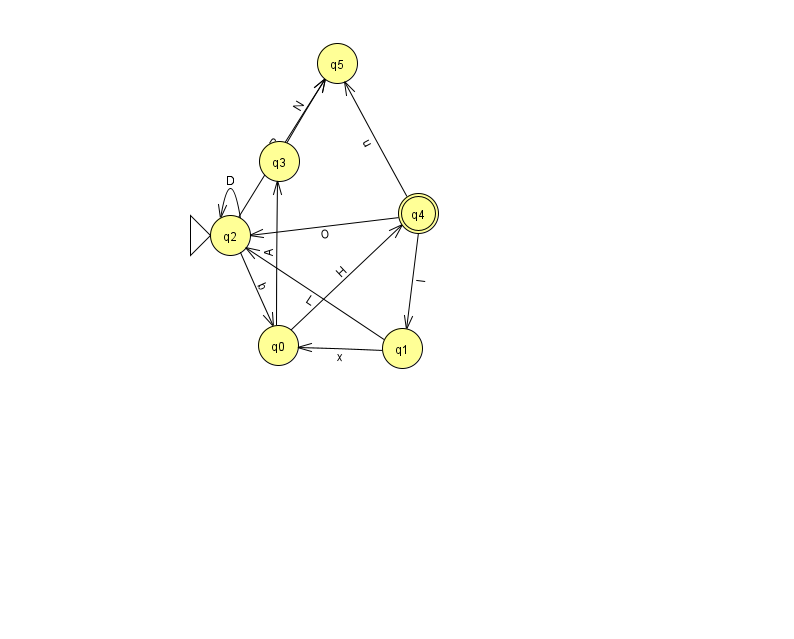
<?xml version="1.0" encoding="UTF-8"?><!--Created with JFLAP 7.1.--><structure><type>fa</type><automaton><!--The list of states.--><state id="0" name="q0"><x>278.0</x><y>332.0</y></state><state id="1" name="q1"><x>402.0</x><y>335.0</y></state><state id="2" name="q2"><x>230.0</x><y>222.0</y><initial/></state><state id="3" name="q3"><x>279.0</x><y>148.0</y></state><state id="4" name="q4"><x>418.0</x><y>200.0</y><final/></state><state id="5" name="q5"><x>337.0</x><y>50.0</y></state><!--The list of transitions.--><transition><from>2</from><to>5</to><read>R</read></transition><transition><from>4</from><to>5</to><read>u</read></transition><transition><from>2</from><to>0</to><read>b</read></transition><transition><from>2</from><to>2</to><read>D</read></transition><transition><from>0</from><to>3</to><read>A</read></transition><transition><from>4</from><to>2</to><read>O</read></transition><transition><from>1</from><to>2</to><read>L</read></transition><transition><from>3</from><to>5</to><read>N</read></transition><transition><from>4</from><to>1</to><read>I</read></transition><transition><from>1</from><to>0</to><read>x</read></transition><transition><from>0</from><to>4</to><read>H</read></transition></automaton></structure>